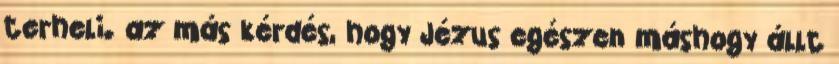
terheli. az más kérdés, hogy Jézus egészen máshogy állt